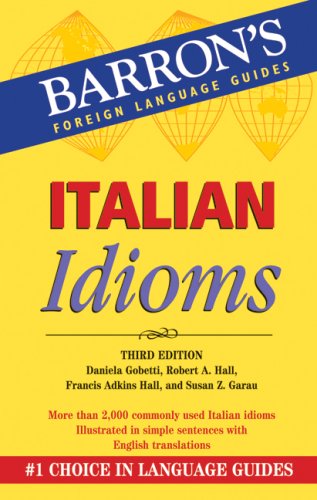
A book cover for Italian Idioms (Barron's Foreign Language Guides); Daniela Gobetti; Travel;